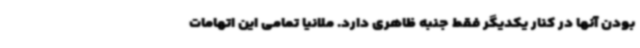
بودن آنها در کنار یکدیگر فقط جنبه ظاهری دارد. ملانیا تمامی این اتهامات